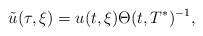
LaTeX: \begin{align*}\tilde{u} (\tau, \xi) = u(t, \xi) \Theta(t, T^*)^{-1},\end{align*}